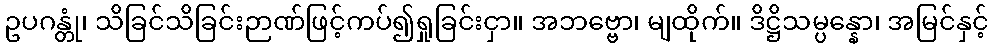
ဥပဂန္တုံ၊ သိခြင်သိခြင်းဉာဏ်ဖြင့်ကပ်၍ရှုခြင်းငှာ။ အဘဗ္ဗော၊ မျထိုက်။ ဒိဋ္ဌိသမ္ပန္နော၊ အမြင်နှင့်